Indian journal of veterinary science and animal husbandry - Volume 1,
Year: 1931
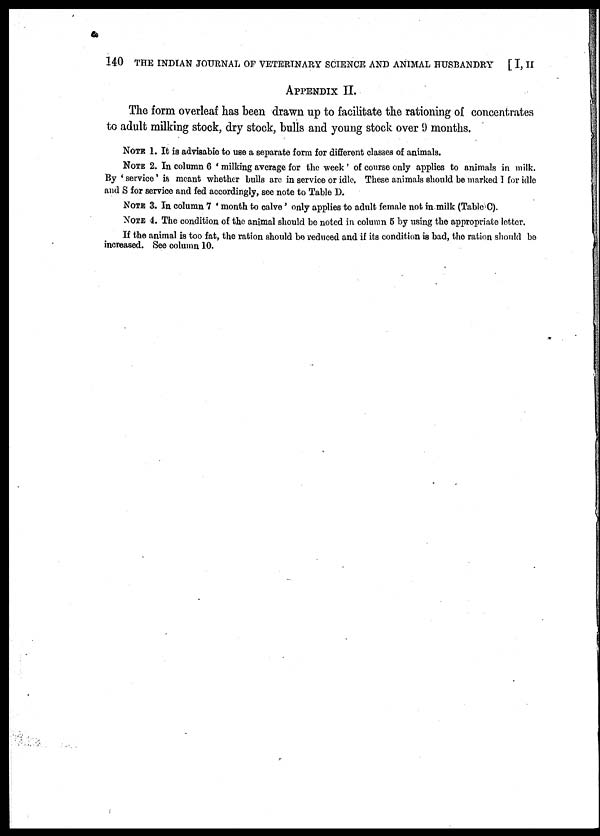
140 THE INDIAN JOURNAL OF VETERINARY SCIENCE AND ANIMAL HUSBANDRY [ I, II
APPENDIX II.
The form overleaf has been drawn up to facilitate the rationing of concentrates
to adult milking stock, dry stock, bulls and young stock over 9 months.
NOTE 1. It is advisable to use a separate form for different classes of animals.
NOTE 2. In column 6 ' milking average for the week ' of course only applies to animals in milk.
By ' service' is meant whether bulls are in service or idle. These animals should be marked I for idle
and S for service and fed accordingly, see note to Table D.
NOTE 3. In column 7 'month to calve' only applies to adult female not in milk (Table C).
NOTE 4. The condition of the animal should be noted in column 5 by using the appropriate letter.
If the animal is too fat, the ration should be reduced and if its condition is bad, the ration should be
increased. See column 10.